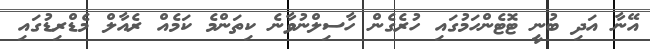
އޭނާ އަދި ބުނީ ޓޮޓެންހަމުގައި ހުރެގެން ހާސިލްނުވާނެ ކިތަންމެ ކަމެއް ރެއާލް މެޑްރިޑުގައި